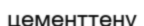
цементтену